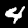
Label: 4